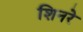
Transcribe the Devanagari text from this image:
शिनरे